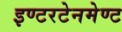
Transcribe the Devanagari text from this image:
इण्टरटेनमेण्ट